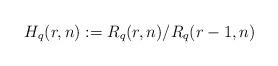
LaTeX: \begin{align*}H_q(r,n):=R_q(r,n)/R_q(r-1,n)\end{align*}